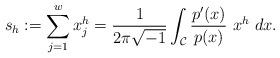
LaTeX: \begin{align*}s_h:=\sum_{j=1}^wx_j^{h}=\frac{1}{2\pi \sqrt{-1}}\int_{\mathcal C}\frac{p'(x)}{p(x)}~x^h ~dx.\end{align*}